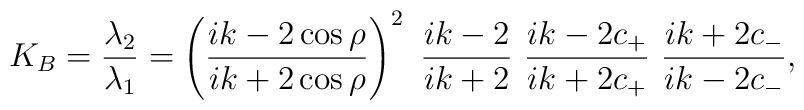
K_B=\frac{\lambda_2}{\lambda_1}=\left(\frac{ik-2\cos\rho}{ik+2\cos\rho}\right)^2\ \frac{ik-2}{ ik+2}\ \frac{ik-2c_+}{ik+2c_+}\ \frac{ik+2c_-}{ik-2c_-},